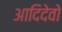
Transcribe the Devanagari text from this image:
आदिदेवो